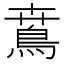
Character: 𩿜